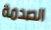
الصدمة